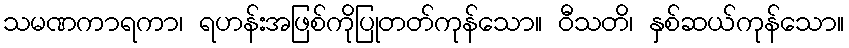
သမဏကာရကာ၊ ရဟန်းအဖြစ်ကိုပြုတတ်ကုန်သော။ ဝီသတိ၊ နှစ်ဆယ်ကုန်သော။